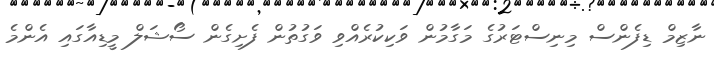
ނާޒިމް ޑިފެންސް މިނިސްޓަރުގެ މަގާމުން ވަކިކުރެއްވި ވަގުތުން ފެށިގެން ސޯޝަލް މީޑިއާގައި އެންމެ